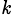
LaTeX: _{\mathit{k}}